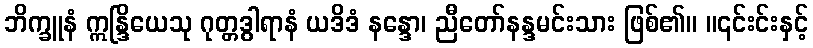
ဘိက္ခူနံ ဣန္ဒြိယေသု ဂုတ္တဒွါရာနံ ယဒိဒံ နန္ဒော၊ ညီတော်နန္ဒမင်းသား ဖြစ်၏။ ။၎င်းင်းနှင့်